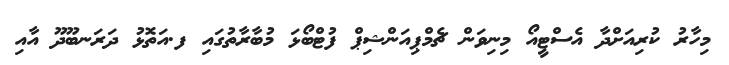
މިހާރު ކުރިއަށްދާ އެސްޓީއޯ މިނިވަން ޗެމްޕިއަންޝިޕް ފުޓްބޯޅަ މުބާރާތުގައި ފ.އަތޮޅު ދަރަނބޫދޫ އާއި